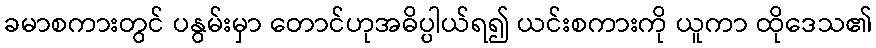
ခမာစကားတွင် ပနွမ်းမှာ တောင်ဟုအဓိပ္ပါယ်ရ၍ ယင်းစကားကို ယူကာ ထိုဒေသ၏